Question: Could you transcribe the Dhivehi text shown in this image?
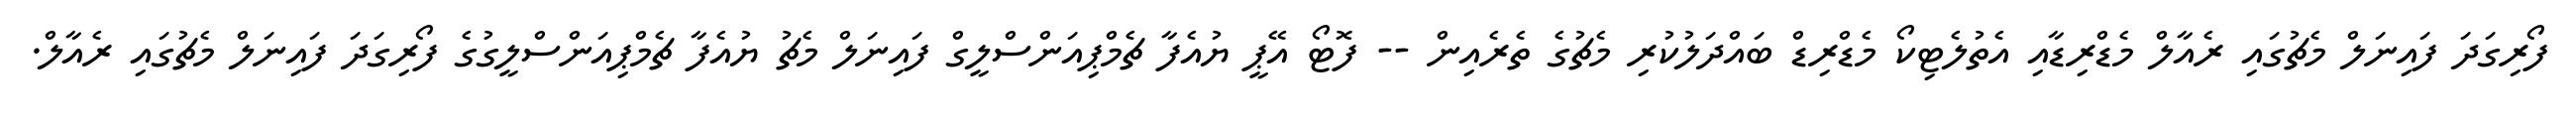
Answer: ފޯރިގަދަ ފައިނަލް މެޗުގައި ރެއާލް މެޑްރިޑާއި އެތުލެޓިކޯ މެޑްރިޑް ބައްދަލުކުރި މެޗުގެ ތެރެއިން -- ފޮޓޯ އޭޕީ ޔުއެފާ ޗެމްޕިއަންސްލީގް ފައިނަލް މެޗު ޔުއެފާ ޗެމްޕިއަންސްލީގުގެ ފޯރިގަދަ ފައިނަލް މެޗުގައި ރެއާލް.